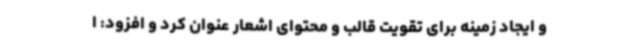
و ایجاد زمینه برای تقویت قالب و محتوای اشعار عنوان کرد و افزود: ا